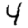
Digit: 4